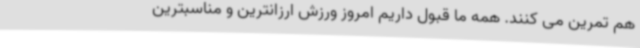
هم تمرین می کنند. همه ما قبول داریم امروز ورزش ارزانترین و مناسبترین